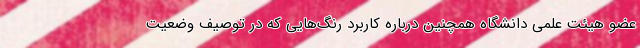
عضو هیئت علمی دانشگاه همچنین درباره کاربرد رنگ‌هایی که در توصیف وضعیت